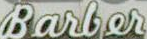
Barber